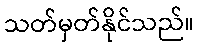
သတ်မှတ်နိုင်သည်။